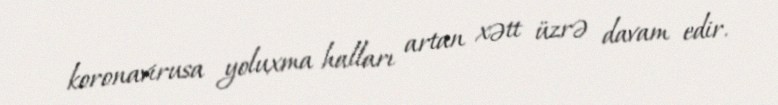
koronavirusa yoluxma halları artan xətt üzrə davam edir.